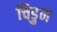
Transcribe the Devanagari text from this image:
चिडुन